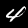
Label: 4